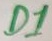
Text: D1